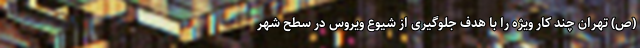
(ص) تهران چند کار ویژه را با هدف جلوگیری از شیوع ویروس در سطح شهر